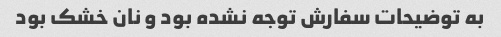
به توضیحات سفارش توجه نشده بود و نان خشک بود